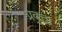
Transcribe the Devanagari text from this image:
प्रवृत्ता